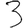
Digit: 3